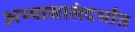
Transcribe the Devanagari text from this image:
अभ्यासासंदर्भात